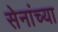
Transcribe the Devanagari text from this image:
सेनांच्या